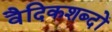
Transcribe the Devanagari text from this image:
वैदिकशब्दों